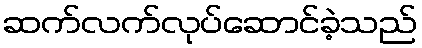
ဆက်လက်လုပ်ဆောင်ခဲ့သည်